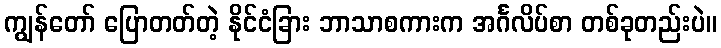
ကျွန်တော် ပြောတတ်တဲ့ နိုင်ငံခြား ဘာသာစကားက အင်္ဂလိပ်စာ တစ်ခုတည်းပဲ။